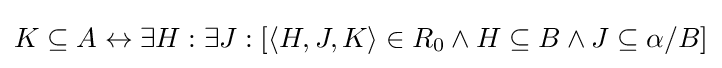
K\subseteq A\leftrightarrow \exists H:\exists J:[\langle H,J,K\rangle \in R_{0}\wedge H\subseteq B\wedge J\subseteq \alpha /B]